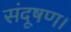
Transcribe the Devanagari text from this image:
संदूषण।